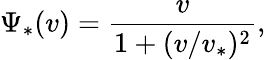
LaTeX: \Psi_{*}(v)=\frac{v}{1+(v/v_{*})^{2}},